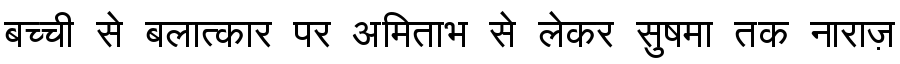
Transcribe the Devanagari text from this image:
बच्ची से बलात्कार पर अमिताभ से लेकर सुषमा तक नाराज़